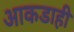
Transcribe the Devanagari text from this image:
आकडाही